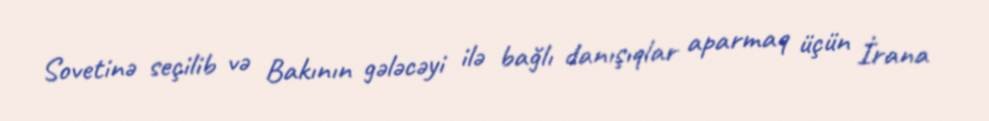
Sovetinə seçilib və Bakının gələcəyi ilə bağlı danışıqlar aparmaq üçün İrana